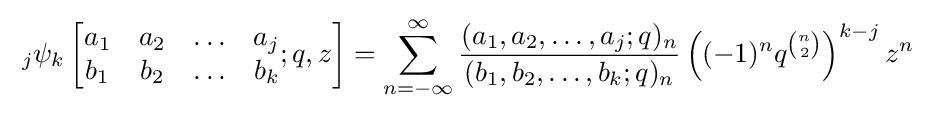
\;_{j}\psi _{k}\left[{\begin{matrix}a_{1}&a_{2}&\ldots &a_{j}\\b_{1}&b_{2}&\ldots &b_{k}\end{matrix}};q,z\right]=\sum _{n=-\infty }^{\infty }{\frac {(a_{1},a_{2},\ldots ,a_{j};q)_{n}}{(b_{1},b_{2},\ldots ,b_{k};q)_{n}}}\left((-1)^{n}q^{n \choose 2}\right)^{k-j}z^{n}